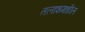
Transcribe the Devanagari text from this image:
तलाशमधील